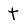
Character: t